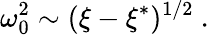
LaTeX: \omega_{0}^{2}\sim(\xi-\xi^{*})^{1/2}\ .